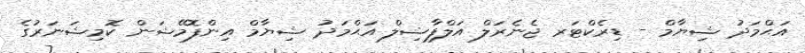
އަޙްމަދު ޝިޔާމް - ޑިރެކްޓަރ ޖެނެރަލް އަލްފާޟިލް އަޙްމަދު ޝިޔާމް އިންފޮމޭޝަން ކޮމިޝަނަރުގެ